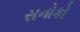
સનોકો